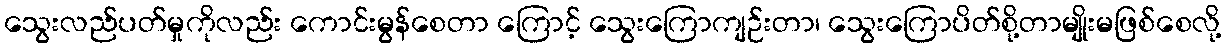
သွေးလည်ပတ်မှုကိုလည်း ကောင်းမွန်စေတာ ကြောင့် သွေးကြောကျဉ်းတာ၊ သွေးကြောပိတ်စို့တာမျိုးမဖြစ်စေလို့